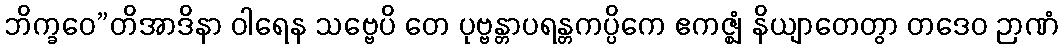
ဘိက္ခဝေ”တိအာဒိနာ ဝါရေန သဗ္ဗေပိ တေ ပုဗ္ဗန္တာပရန္တကပ္ပိကေ ဧကဇ္ဈံ နိယျာတေတွာ တဒေဝ ဉာဏံ